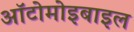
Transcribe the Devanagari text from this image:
ऑटोमोइबाइल